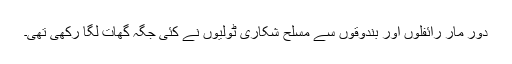
دور مار رائفلوں اور بندوقوں سے مسلح شکاری ٹولیوں نے کئی جگہ گھات لگا رکھی تھی۔